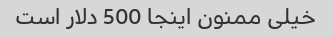
خیلی ممنون اینجا 500 دلار است